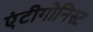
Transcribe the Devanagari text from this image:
एंटीगोनिस्ट